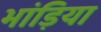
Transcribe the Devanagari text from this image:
भांड़िया